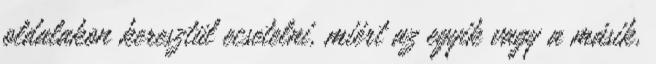
oldalakon keresztül ecsetelni, miért az egyik vagy a másik,